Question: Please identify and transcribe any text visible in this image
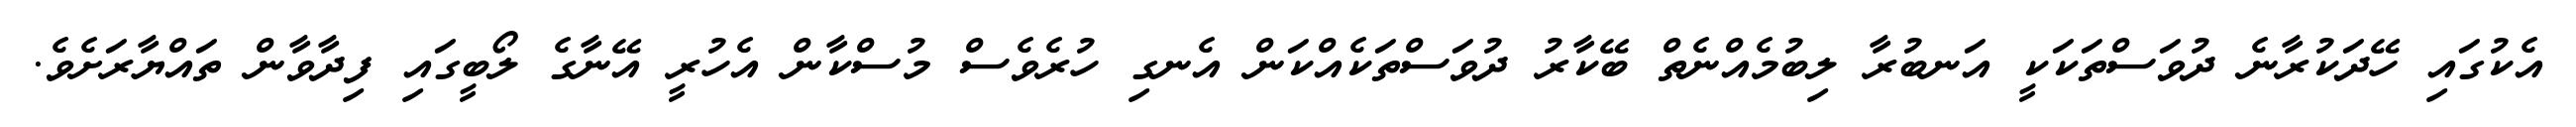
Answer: އެކުގައި ހޭދަކުރާނެ ދުވަސްތަކަކީ އަނބުރާ ލިބުމެއްނެތް ބޭކާރު ދުވަސްތަކެއްކަން އެނގި ހުރެވެސް މުސްކާން އެހުރީ އޭނާގެ ލޯބީގައި ފިދާވާން ތައްޔާރަށެވެ.